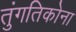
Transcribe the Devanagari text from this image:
तुंगतिकोना